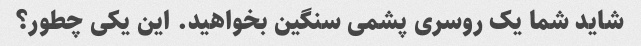
شاید شما یک روسری پشمی سنگین بخواهید. این یکی چطور؟